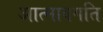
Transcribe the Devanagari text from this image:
आत्मावगति